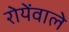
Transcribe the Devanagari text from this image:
रोयेंवाले